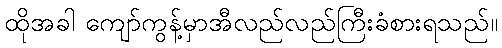
ထိုအခါ ကျော်ကွန့်မှာအီလည်လည်ကြီးခံစားရသည်။